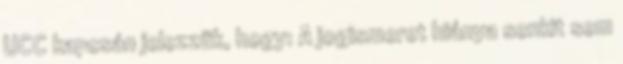
UCC kapcsán jelezzük, hogy: A jogismeret hiánya senkit sem